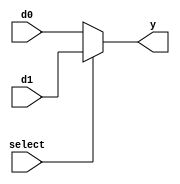
module mux_2_1(d0,  d1, select, y);
    input [31:0] d0, d1;
    input select;
    output [31:0] y;

    // always @(select) 
    // begin
    //   if (select) 
    //     y <= d1;
    //   else
    //     y <= d0;
    // end
    assign y = (select) ? d1 : d0;

endmodule